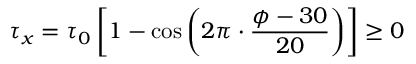
\tau _ { x } = \tau _ { 0 } \left[ 1 - \cos \left( 2 \pi \cdot \frac { \phi - 3 0 } { 2 0 } \right) \right] \geq 0